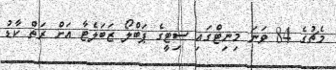
މެޗުގެ 84 ވަނަ މިނިޓްގައި ސިޓީގެ ޕަބްލޯ ޒަބަލެޓާ އަށް ރަތް ކާޑު